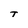
Character: t